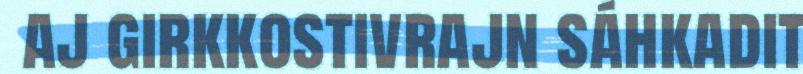
aj girkkostivrajn sáhkadit